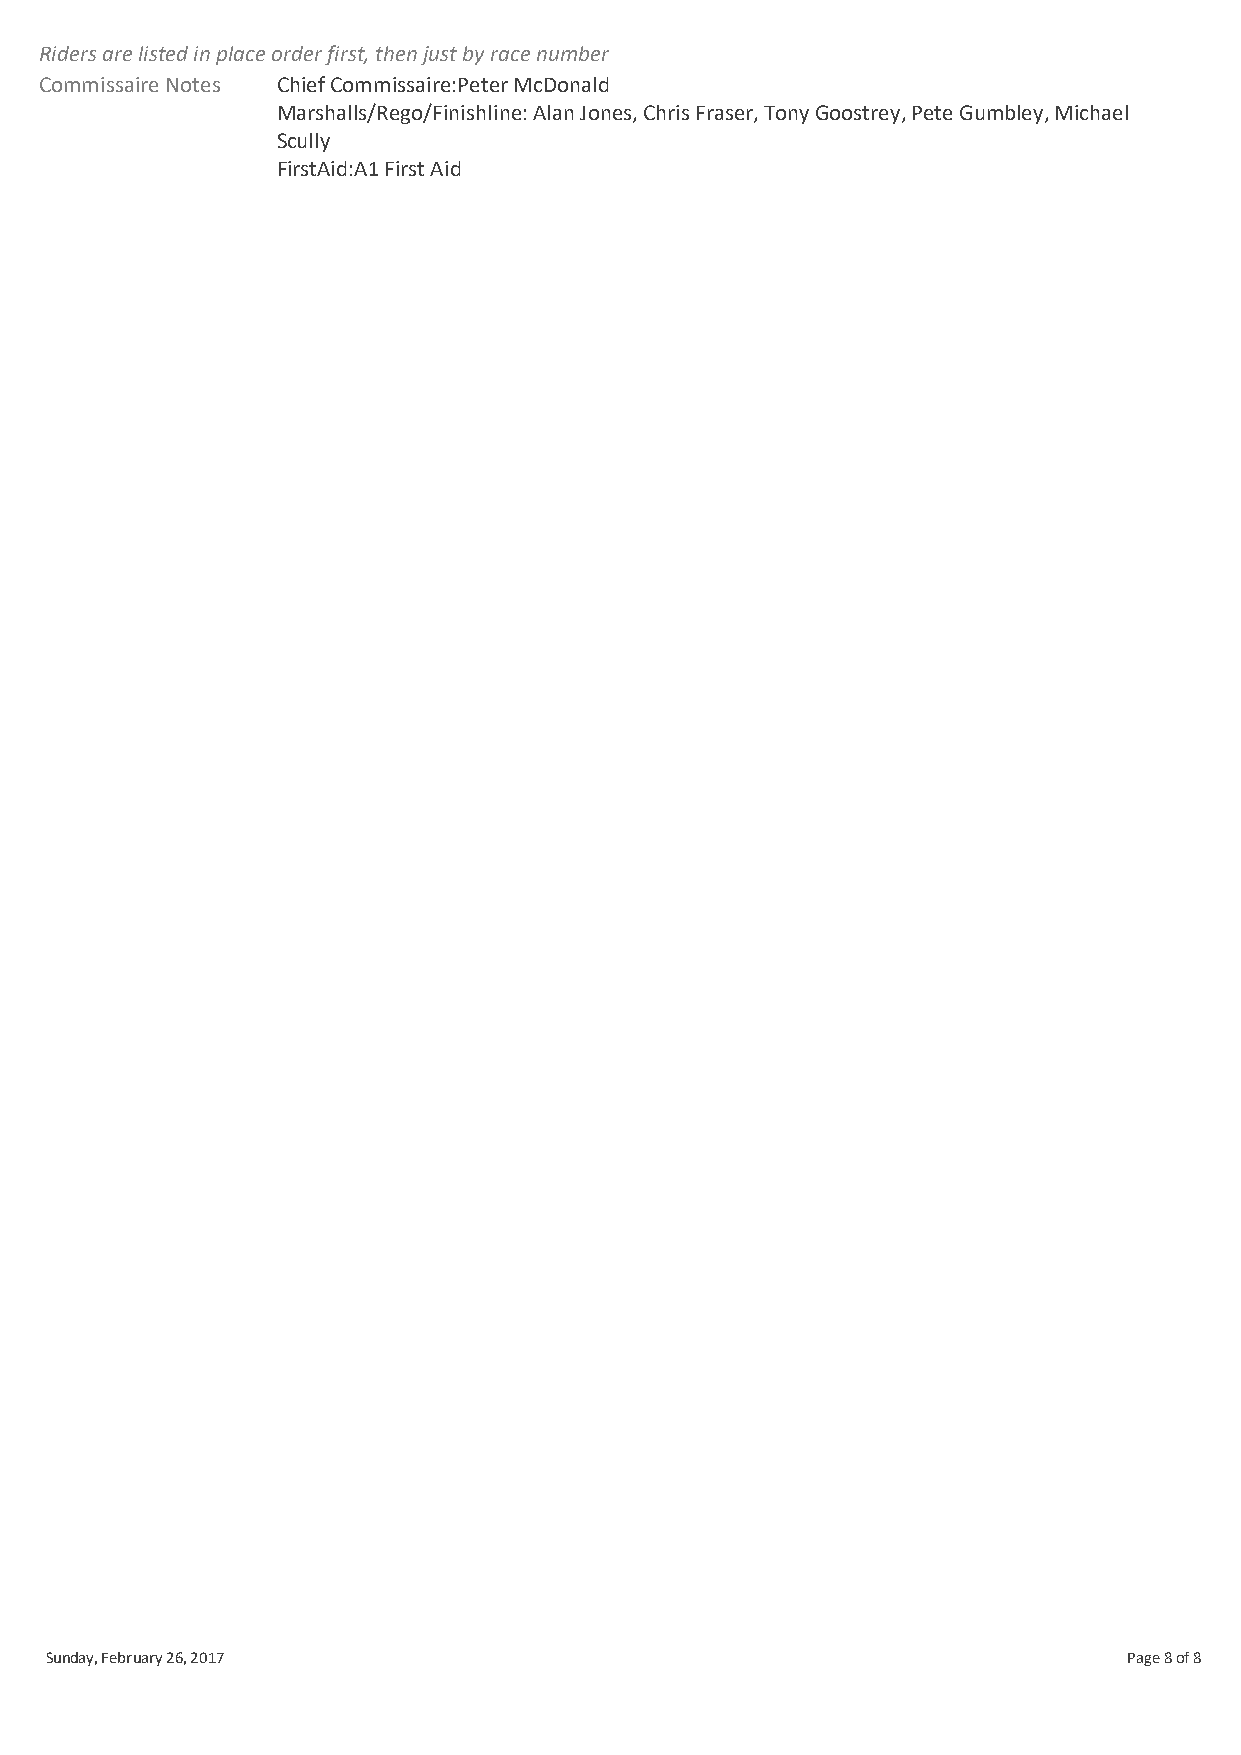
Riders are listed in place order first, then just by race number
 Commissaire Notes Chief Commissaire:Peter McDonald
 Marshalls/Rego/Finishline: Alan Jones, Chris Fraser, Tony Goostrey, Pete Gumbley, Michael
 Scully
 FirstAid:A1 First Aid
 Sunday, February 26, 2017                                               Page 8 of 8